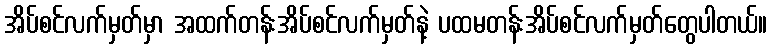
အိပ်စင်လက်မှတ်မှာ အထက်တန်းအိပ်စင်လက်မှတ်နဲ့ ပထမတန်းအိပ်စင်လက်မှတ်တွေပါတယ်။